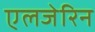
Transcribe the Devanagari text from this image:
एलजेरिन